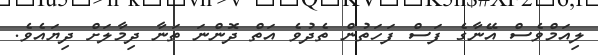
ލިއަމްވެސް އޭނާގެ ފަސް ފަހަތުން ތެދުވެ އަތް ދޮންނަ ތަނާ ދިމާލަށް ދިޔައެވެ.